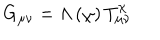
LaTeX: G _ { \mu \nu } = \Lambda \left( \chi \right) T _ { \mu \nu } ^ { \chi }